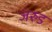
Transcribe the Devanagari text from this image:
जरुड